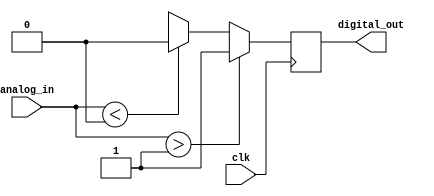
module schmitt_trigger(
    input wire clk,
    input wire analog_in,
    output reg digital_out
);

reg prev_digital_out;

parameter HIGH_THRESHOLD = 1'b1; // define high threshold voltage level
parameter LOW_THRESHOLD = 1'b0; // define low threshold voltage level

always @(posedge clk) begin
    if (analog_in > HIGH_THRESHOLD) begin
        digital_out <= 1'b1;
    end else if (analog_in < LOW_THRESHOLD) begin
        digital_out <= 1'b0;
    end else begin
        digital_out <= prev_digital_out;
    end
end

endmodule